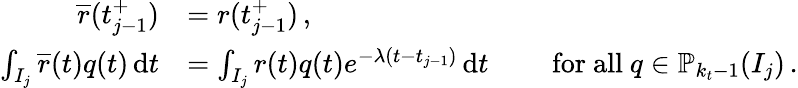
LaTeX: \begin{array}{rl}{\overline{{r}}(t_{j-1}^{+})}&{=r(t_{j-1}^{+})\, ,}\\ {\int_{I_{j}}\overline{{r}}(t)q(t)\, \mathrm{d}t}&{=\int_{I_{j}}r(t)q(t)e^{-\lambda(t-t_{j-1})}\, \mathrm{d}t\qquad\mathrm{~for~all~}q\in\mathbb{P}_{k_{t}-1}(I_{j})\, .}\end{array}